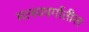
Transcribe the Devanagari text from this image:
मत्स्यवर्गातील